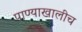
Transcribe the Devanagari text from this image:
पाण्याखालीच